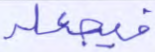
فيجعله